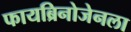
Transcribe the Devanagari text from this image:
फायब्रिनोजेनला